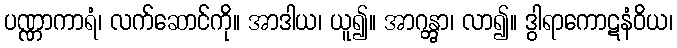
ပဏ္ဏာကာရံ၊ လက်ဆောင်ကို။ အာဒါယ၊ ယူ၍။ အာဂန္တွာ၊ လာ၍။ ဒွါရာကောဋနံဝိယ၊